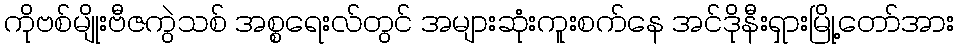
ကိုဗစ်မျိုးဗီဇကွဲသစ် အစ္စရေးလ်တွင် အများဆုံးကူးစက်နေ အင်ဒိုနီးရှားမြို့တော်အား